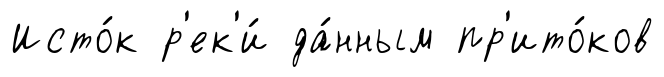
Исто́к р'ек'и́ да́нным пр'ито́ков